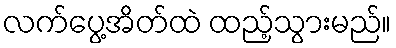
လက်ပွေ့အိတ်ထဲ ထည့်သွားမည်။